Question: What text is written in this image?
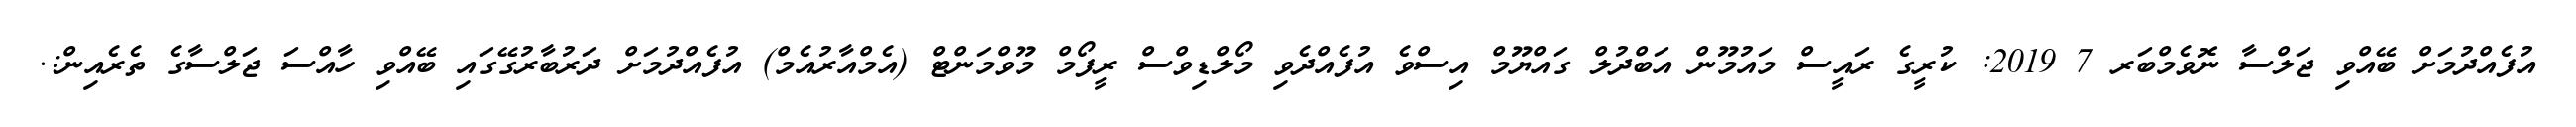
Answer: އުފެއްދުމަށް ބޭއްވި ޖަލްސާ ނޮވެމްބަރ 7 2019: ކުރީގެ ރައީސް މައުމޫން އަބްދުލް ގައްޔޫމް އިސްވެ އުފެއްދެވި މޯލްޑިވްސް ރީފޯމް މޫވްމަންޓް (އެމްއާރުއެމް) އުފެއްދުމަށް ދަރުބާރުގޭގައި ބޭއްވި ހާއްސަ ޖަލްސާގެ ތެރެއިން:.